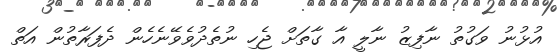
އުޅުނު ވަގުތު ނާފިޒު ނާލީ އާ ގާތަށް ޖެހި ނުތެދުވެވޭނެހެން ދެފަރާތުން އަތް